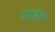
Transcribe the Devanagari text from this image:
मोहरे।